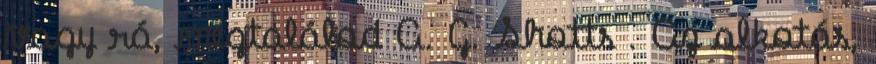
vagy rá, megtalálod A. G. Shotts . Az alkotás,